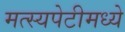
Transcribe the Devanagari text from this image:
मत्स्यपेटीमध्ये